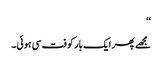
‘‘
مجھے پھر ایک بار کوفت سی ہوئی۔